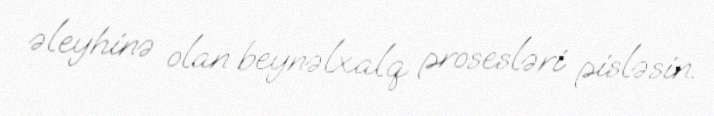
əleyhinə olan beynəlxalq prosesləri pisləsin.